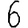
Digit: 6